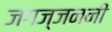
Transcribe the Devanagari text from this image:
जगज्जननी